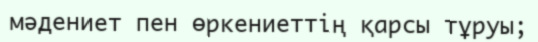
мәдениет пен өркениеттің қарсы тұруы;